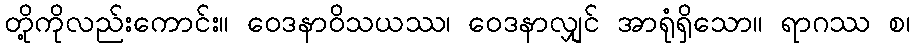
တို့ကိုလည်းကောင်း။ ဝေဒနာဝိသယဿ၊ ဝေဒနာလျှင် အာရုံရှိသော။ ရာဂဿ စ၊